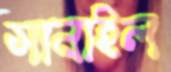
সানাইল